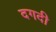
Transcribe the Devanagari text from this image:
दगदी